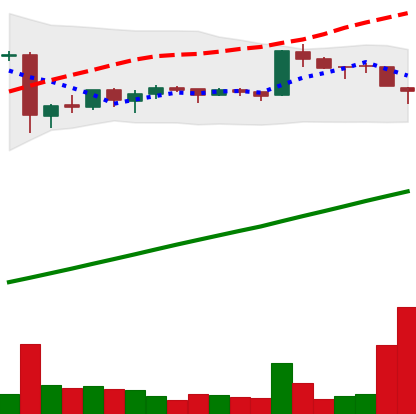
Ticker: BTC-USD
Chart end date: 2016-01-13
Forward return: -10.455%
Label: down_7plus